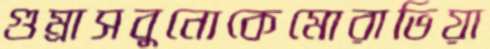
গুম্‌রাসবুনোকেমোরাভিয়া